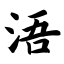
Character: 浯